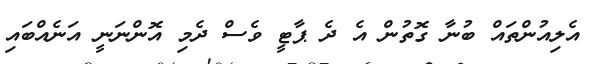
އެލިއުންތައް ބުނާ ގޮތުން އެ ދެ ޕާޓީ ވެސް ދެމި އޮންނަނީ އަނެއްބައި